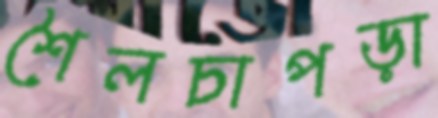
শৈলচাপড়া